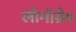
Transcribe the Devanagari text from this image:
लोगोग्रैम